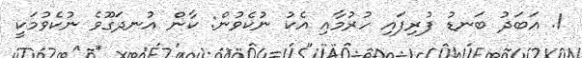
1. އަބަދު ބަނޑު ފުރިފައި ހުރުމާއި އެކު ނުކެވުން: ކާން އުނދަގޫވެ ނުކެވުމަކީ